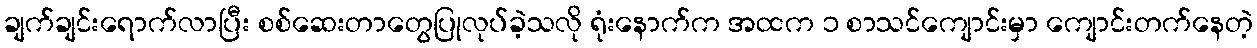
ချက်ချင်းရောက်လာပြီး စစ်ဆေးတာတွေပြုလုပ်ခဲ့သလို ရုံးနောက်က အထက ၁ စာသင်ကျောင်းမှာ ကျောင်းတက်နေတဲ့